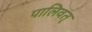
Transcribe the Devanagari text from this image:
पालिवत्‌